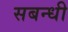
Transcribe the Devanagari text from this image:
सबन्धी